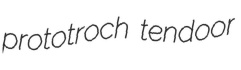
prototroch tendoor